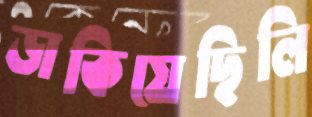
ডাকিয়েছিলি